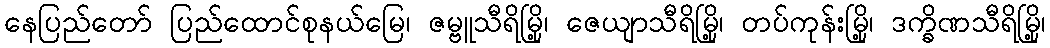
နေပြည်တော် ပြည်ထောင်စုနယ်မြေ၊ ဇမ္ဗူသီရိမြို့၊ ဇေယျာသီရိမြို့၊ တပ်ကုန်းမြို့၊ ဒက္ခိဏသီရိမြို့၊